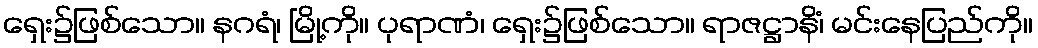
ရှေး၌ဖြစ်သော။ နဂရံ၊ မြို့ကို။ ပုရာဏံ၊ ရှေး၌ဖြစ်သော။ ရာဇဋ္ဌာနိံ၊ မင်းနေပြည်ကို။